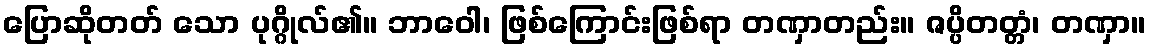
ပြောဆိုတတ် သော ပုဂ္ဂိုလ်၏။ ဘာဝေါ၊ ဖြစ်ကြောင်းဖြစ်ရာ တဏှာတည်း။ ဇပ္ပိတတ္တံ၊ တဏှာ။